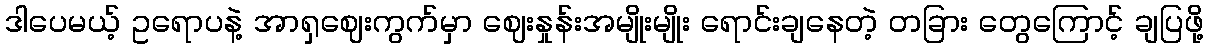
ဒါပေမယ့် ဥရောပနဲ့ အာရှဈေးကွက်မှာ ဈေးနှုန်းအမျိုးမျိုး ရောင်းချနေတဲ့ တခြား တွေကြောင့် ချပြဖို့